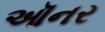
ઑનર